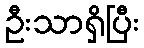
ဦးသာရှိပြီး